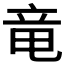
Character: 竜